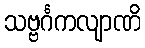
သဗ္ဗင်္ဂကလျာဏိ